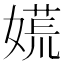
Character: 𡡄